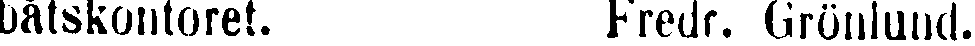
båtskontoret. Fredr. Grönlund.